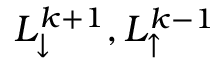
L _ { \downarrow } ^ { k + 1 } , L _ { \uparrow } ^ { k - 1 }